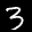
Label: 3